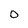
Character: 0